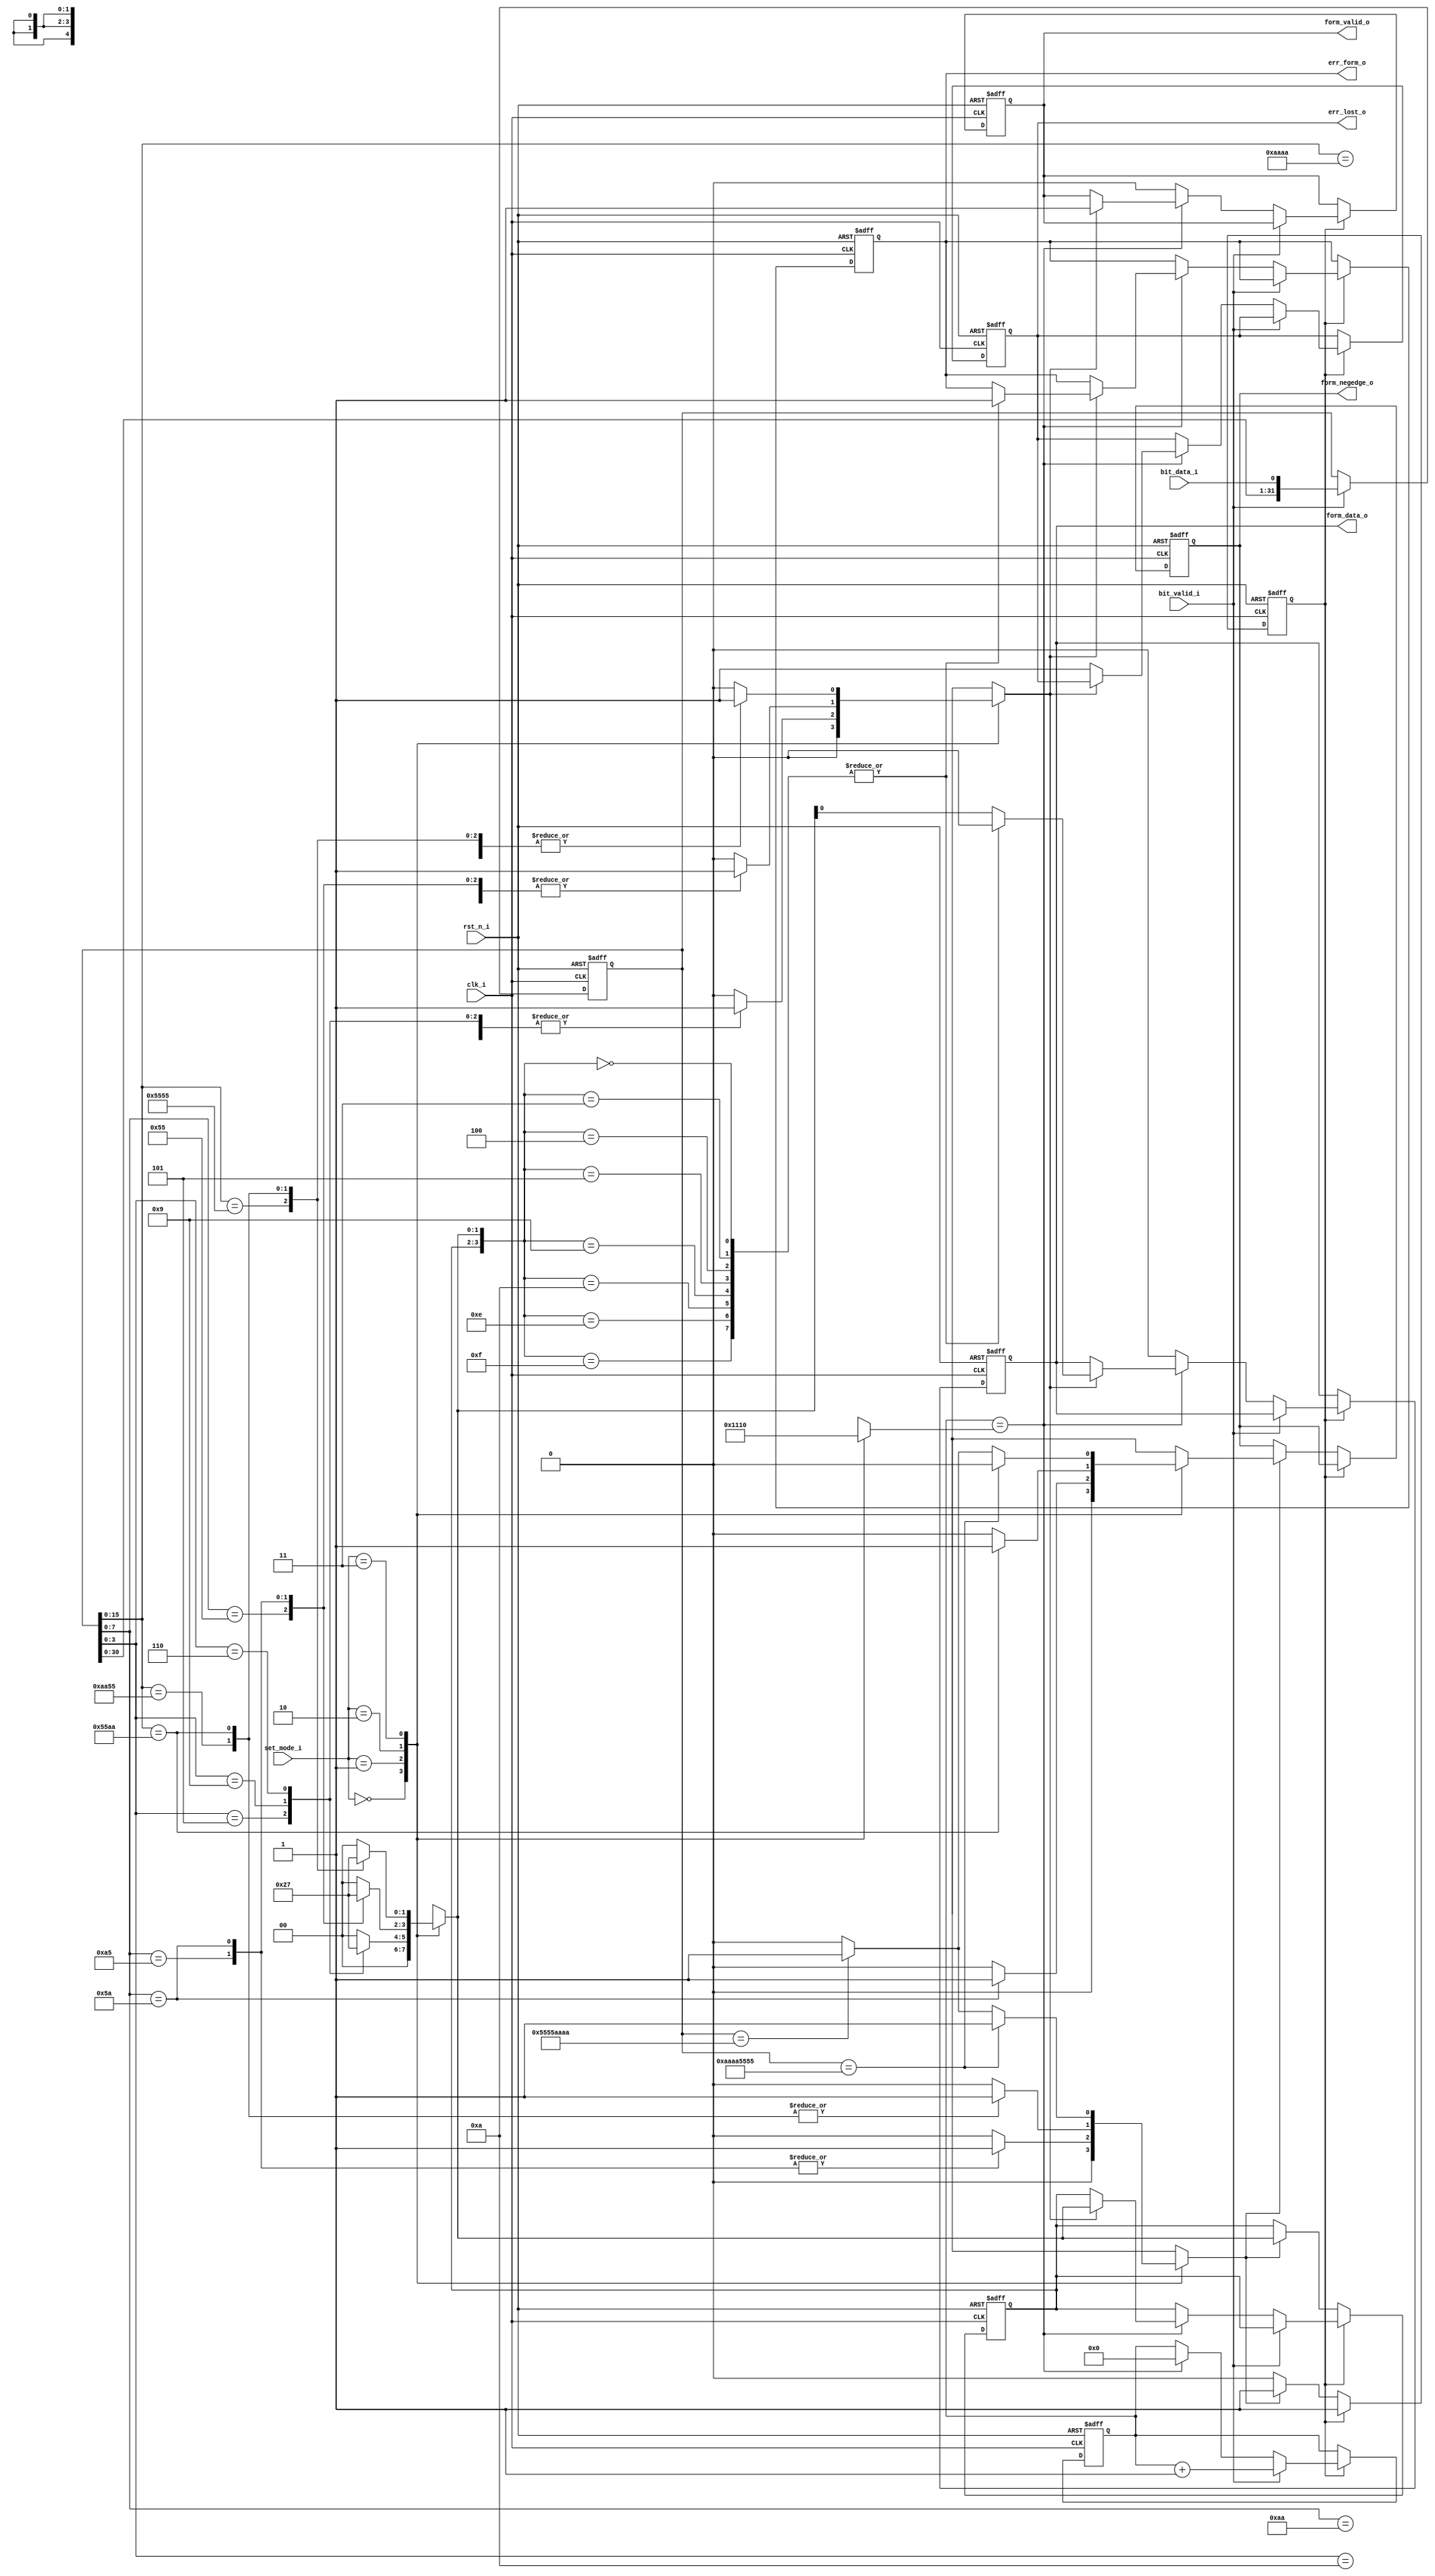
//created by zhouhang 20170213
//
//v1.0.0213

module Miller_Decoder(
	clk_i,
	rst_n_i,
	
	set_mode_i,
	
	bit_valid_i,
	bit_data_i,
	
	
	err_form_o,
	err_lost_o,
	
	form_negedge_o,
	form_valid_o,
	form_data_o
);
input wire clk_i;
input wire rst_n_i;

input wire [1:0] set_mode_i;

input wire bit_valid_i;
input wire bit_data_i;

output reg err_form_o;
output reg err_lost_o;

output reg form_negedge_o;
output reg form_valid_o;
output reg form_data_o;

reg flag_form_lock;

reg [31:0] shift_bits;

always@(posedge clk_i,negedge rst_n_i)
	begin
	if(!rst_n_i)
		begin
		shift_bits <= 32'd0;
		end
	else
		begin
		if(bit_valid_i)
			begin
			shift_bits <= {shift_bits[30:0],bit_data_i};
			end
		end
	end

reg [1:0] status_form;	
reg flag_has_form;
reg flag_find_boot;
reg flag_negedge;
reg [4:0] cnt_bits_max;
always@(set_mode_i,shift_bits)
	begin
	case(set_mode_i)
	2'b00:
		begin
		cnt_bits_max = 5'd0;
		status_form = 2'd0;
		flag_has_form = 1'b0;
		flag_find_boot = 1'b0;
		flag_negedge = 1'b0;
		end
	2'b01:	//miller 2
		begin
		cnt_bits_max = 5'd4;
		case(shift_bits[7:0])
		8'hA5:
			begin
			flag_find_boot = 1'b1;
			flag_negedge = 1'b0;
			end
		8'h5A:
			begin
			flag_find_boot = 1'b1;
			flag_negedge = 1'b1;
			end
		default:
			begin
			flag_find_boot = 1'b0;
			flag_negedge = 1'b0;
			end
		endcase

		case(shift_bits[3:0])
		4'b1010:
			begin
			status_form = 2'b00;
			flag_has_form = 1'b1;
			end
		4'b0101:
			begin
			status_form = 2'b10;
			flag_has_form = 1'b1;
			end
		4'b1001:
			begin
			status_form = 2'b01;
			flag_has_form = 1'b1;
			end
		4'b0110:
			begin
			status_form = 2'b11;
			flag_has_form = 1'b1;
			end
		default:
			begin
			status_form = 2'd0;
			flag_has_form = 1'b0;
			end
		endcase
		end
	2'b10:	//miller 4
		begin
		cnt_bits_max = 5'd8;
		case(shift_bits[15:0])
		16'hAA55:
			begin
			flag_find_boot = 1'b1;
			flag_negedge = 1'b0;
			end
		16'h55AA:
			begin
			flag_find_boot = 1'b1;
			flag_negedge = 1'b1;
			end
		default:
			begin
			flag_find_boot = 1'b0;
			flag_negedge = 1'b0;
			end
		endcase
		
		case(shift_bits[7:0])
		8'b1010_1010:
			begin
			status_form = 2'b00;
			flag_has_form = 1'b1;
			end
		8'b0101_0101:
			begin
			status_form = 2'b10;
			flag_has_form = 1'b1;
			end
		8'b1010_0101:
			begin
			status_form = 2'b01;
			flag_has_form = 1'b1;
			end
		8'b0101_1010:
			begin
			status_form = 2'b11;
			flag_has_form = 1'b1;
			end
		default:
			begin
			status_form = 2'd0;
			flag_has_form = 1'b0;
			end
		endcase
		end
	2'b11:	//miller_8
		begin
		cnt_bits_max = 5'd16;
		if(shift_bits == 32'hAAAA5555)
			begin
			flag_find_boot = 1'b1;
			flag_negedge = 1'b0;
			end
		else if(shift_bits == 32'h5555AAAA)
			begin
			flag_find_boot = 1'b1;
			flag_negedge = 1'b1;
			end
		else
			begin
			flag_find_boot = 1'b0;
			flag_negedge = 1'b0;
			end
		
		case(shift_bits[15:0])
		16'b10101010_10101010:
			begin
			status_form = 2'b00;
			flag_has_form = 1'b1;
			end
		16'b01010101_01010101:
			begin
			status_form = 2'b10;
			flag_has_form = 1'b1;
			end
		16'b10101010_01010101:
			begin
			status_form = 2'b01;
			flag_has_form = 1'b1;
			end
		16'b01010101_10101010:
			begin
			status_form = 2'b11;
			flag_has_form = 1'b1;
			end
		default:
			begin
			status_form = 2'd0;
			flag_has_form = 1'b0;
			end
		endcase
		end
	endcase
	end

reg [4:0] cnt_bits;	
reg [1:0] last_status_form;
always@(posedge clk_i,negedge rst_n_i)
	begin
	if(!rst_n_i)
		begin
		flag_form_lock <= 1'b0;
		form_negedge_o <= 1'b0;
		cnt_bits <= 4'd0;
		last_status_form <= 2'd0;
		err_form_o <= 1'b0;
		err_lost_o <= 1'b0;
		form_valid_o <= 1'b0;
		form_data_o <= 1'b0;
		end
	else
		begin
		if(flag_form_lock)
			begin
			if(bit_valid_i)
				begin
				cnt_bits <= cnt_bits + 4'd1;
				end
			else
				begin
				if(cnt_bits == cnt_bits_max)
					begin
					cnt_bits <= 4'd0;
					if(flag_has_form)
						begin
						last_status_form <= status_form;
						case({last_status_form,status_form})
						4'h0,4'h3,4'h4,4'h5,4'h9,4'hA,4'hE,4'hF:
							begin
							err_form_o <= 1'b1;
							form_valid_o <= 1'b1;
							form_data_o <= 1'b0;
							end
						default:
							begin
							form_valid_o <= 1'b1;
							form_data_o <= status_form[0];
							end
						endcase
						end
					else
						begin
						err_lost_o <= 1'b1;
						end
					end
				else
					begin
					form_valid_o <= 1'b0;
					form_data_o <= 1'b0;
					end
				end
			end
		else
			begin
			if(flag_find_boot)
				begin
				flag_form_lock <= 1'b1;
				form_negedge_o <= flag_negedge;
				last_status_form <= status_form;
				end
			end
		end
	end

endmodule